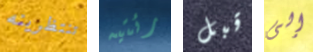
تنتظرينه رئتيه قبل إلى